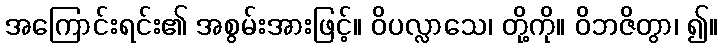
အကြောင်းရင်း၏ အစွမ်းအားဖြင့်။ ဝိပလ္လာသေ၊ တို့ကို။ ဝိဘဇိတွာ၊ ၍။